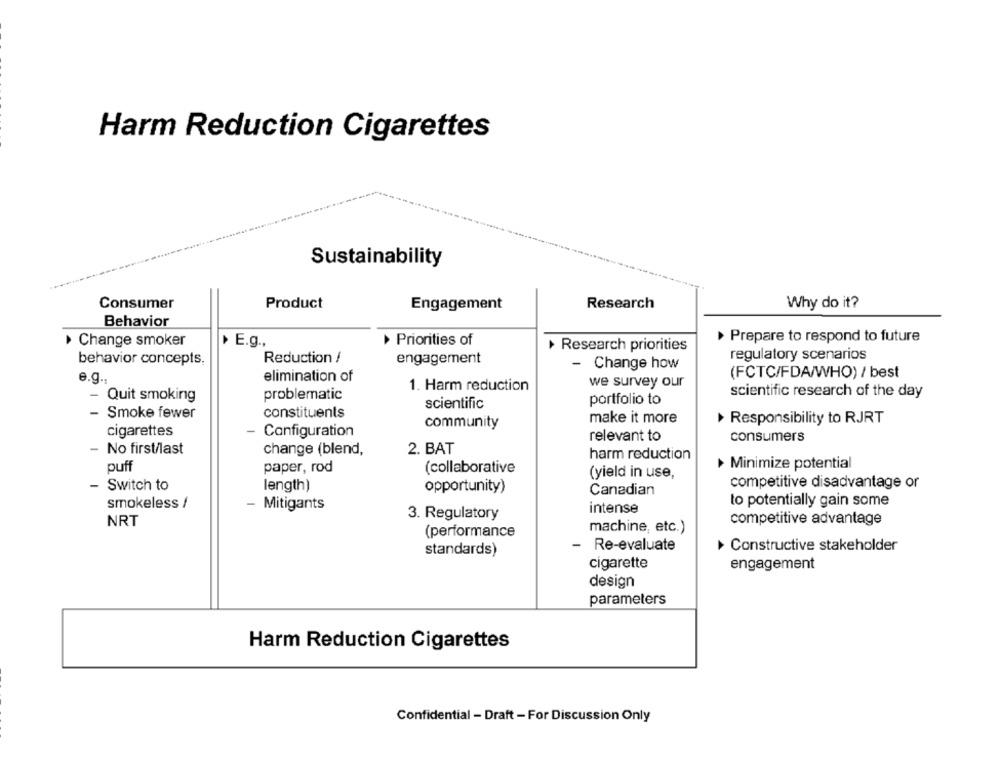
Harm Reduction Cigarettes
Sustainability
Consumer
Product
Research
Why do it?
Engagement
Behavior
Change smoker
› E.g .,
Priorities of
> Prepare to respond to future
+ Research priorities
regulatory scenarios
behavior concepts,
Reduction /
engagement
-
Change how
e.g .,
elimination of
(FCTC/FDA/WHO) / best
1. Harm reduction
we survey our
problematic
scientific research of the day
- Quit smoking
portfolio to
scientific
- Smoke fewer
constituents
make it more
community
Responsibility to RJRT
cigarettes
- Configuration
relevant to
consumers
- No first/last
2. BAT
change (blend,
harm reduction
Minimize potential
puff
paper, rod
(collaborative
(yield in use,
- Switch to
competitive disadvantage or
length)
opportunity)
Canadian
to potentially gain some
smokeless /
- Mitigants
intense
3. Regulatory
NRT
competitive advantage
machine, etc.)
(performance
- Re-evaluate
+ Constructive stakeholder
standards)
cigarette
engagement
design
parameters
Harm Reduction Cigarettes
Confidential - Draft - For Discussion Only